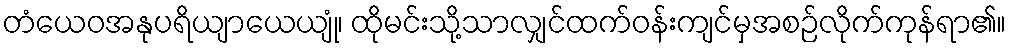
တံယေဝအနုပရိယျာယေယျုံ၊ ထိုမင်းသို့သာလျှင်ထက်ဝန်းကျင်မှအစဉ်လိုက်ကုန်ရာ၏။